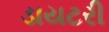
ડાયટરી